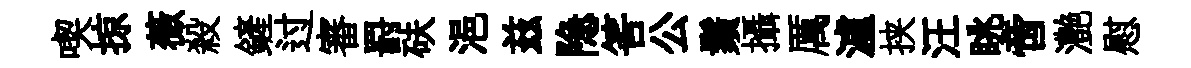
喫掠薇殺鏟过審罸砆浥兹隐筈公鬚攝厲瀘挟汪眺啻灔慰